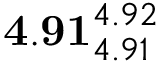
\mathbf { 4 . 9 1 } _ { 4 . 9 1 } ^ { 4 . 9 2 }